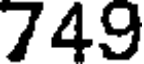
749